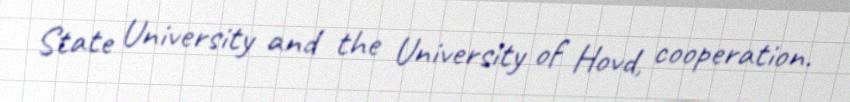
State University and the University of Hovd, cooperation.